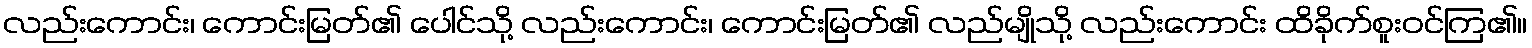
လည်းကောင်း၊ ကောင်းမြတ်၏ ပေါင်သို့ လည်းကောင်း၊ ကောင်းမြတ်၏ လည်မျိုသို့ လည်းကောင်း ထိခိုက်စူးဝင်ကြ၏။